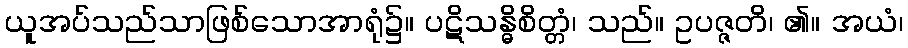
ယူအပ်သည်သာဖြစ်သောအာရုံ၌။ ပဋိသန္ဓိစိတ္တံ၊ သည်။ ဥပဇ္ဇတိ၊ ၏။ အယံ၊